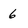
Character: 6